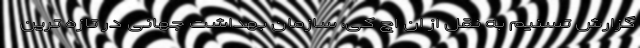
گزارش تسنیم به نقل از ان اچ کی، سازمان بهداشت جهانی در تازه ترین